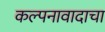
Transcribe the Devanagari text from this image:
कल्पनावादाचा